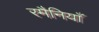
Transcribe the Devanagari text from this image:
रमैनियाँ